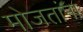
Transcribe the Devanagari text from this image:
मोजतांना